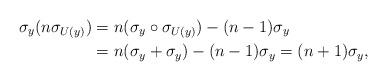
LaTeX: \begin{align*}\sigma_y(n\sigma_{U(y)})&=n(\sigma_y\circ\sigma_{U(y)})-(n-1)\sigma_y\\&=n(\sigma_y+\sigma_y)-(n-1)\sigma_y=(n+1)\sigma_y,\end{align*}